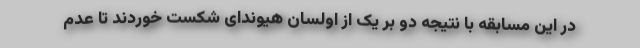
در این مسابقه با نتیجه دو بر یک از اولسان هیوندای شکست خوردند تا عدم